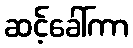
ဆင့်ခေါ်ကာ